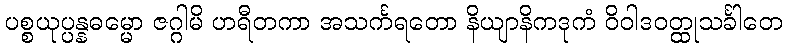
ပစ္စယုပ္ပန္နဓမ္မော ဇဂ္ဂါမိ ဟရီတကာ အသင်္ကရတော နိယျာနိကဒုကံ ဝိဝါဒဝတ္ထုသင်္ခါတေ